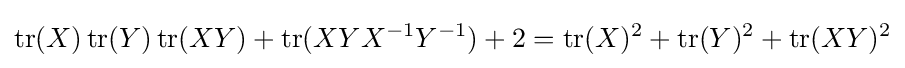
\operatorname {tr} (X)\operatorname {tr} (Y)\operatorname {tr} (XY)+\operatorname {tr} (XYX^{-1}Y^{-1})+2=\operatorname {tr} (X)^{2}+\operatorname {tr} (Y)^{2}+\operatorname {tr} (XY)^{2}